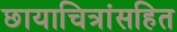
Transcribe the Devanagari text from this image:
छायाचित्रांसहित